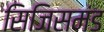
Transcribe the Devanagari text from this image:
सिजिसमंड